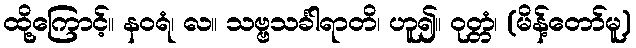
ထို့ကြောင့်။ နဝရံ၊ လ။ သဗ္ဗသင်္ခါရာတိ၊ ဟူ၍။ ဝုတ္တံ၊ (မိန့်တော်မူ)